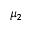
\mu _ { 2 }